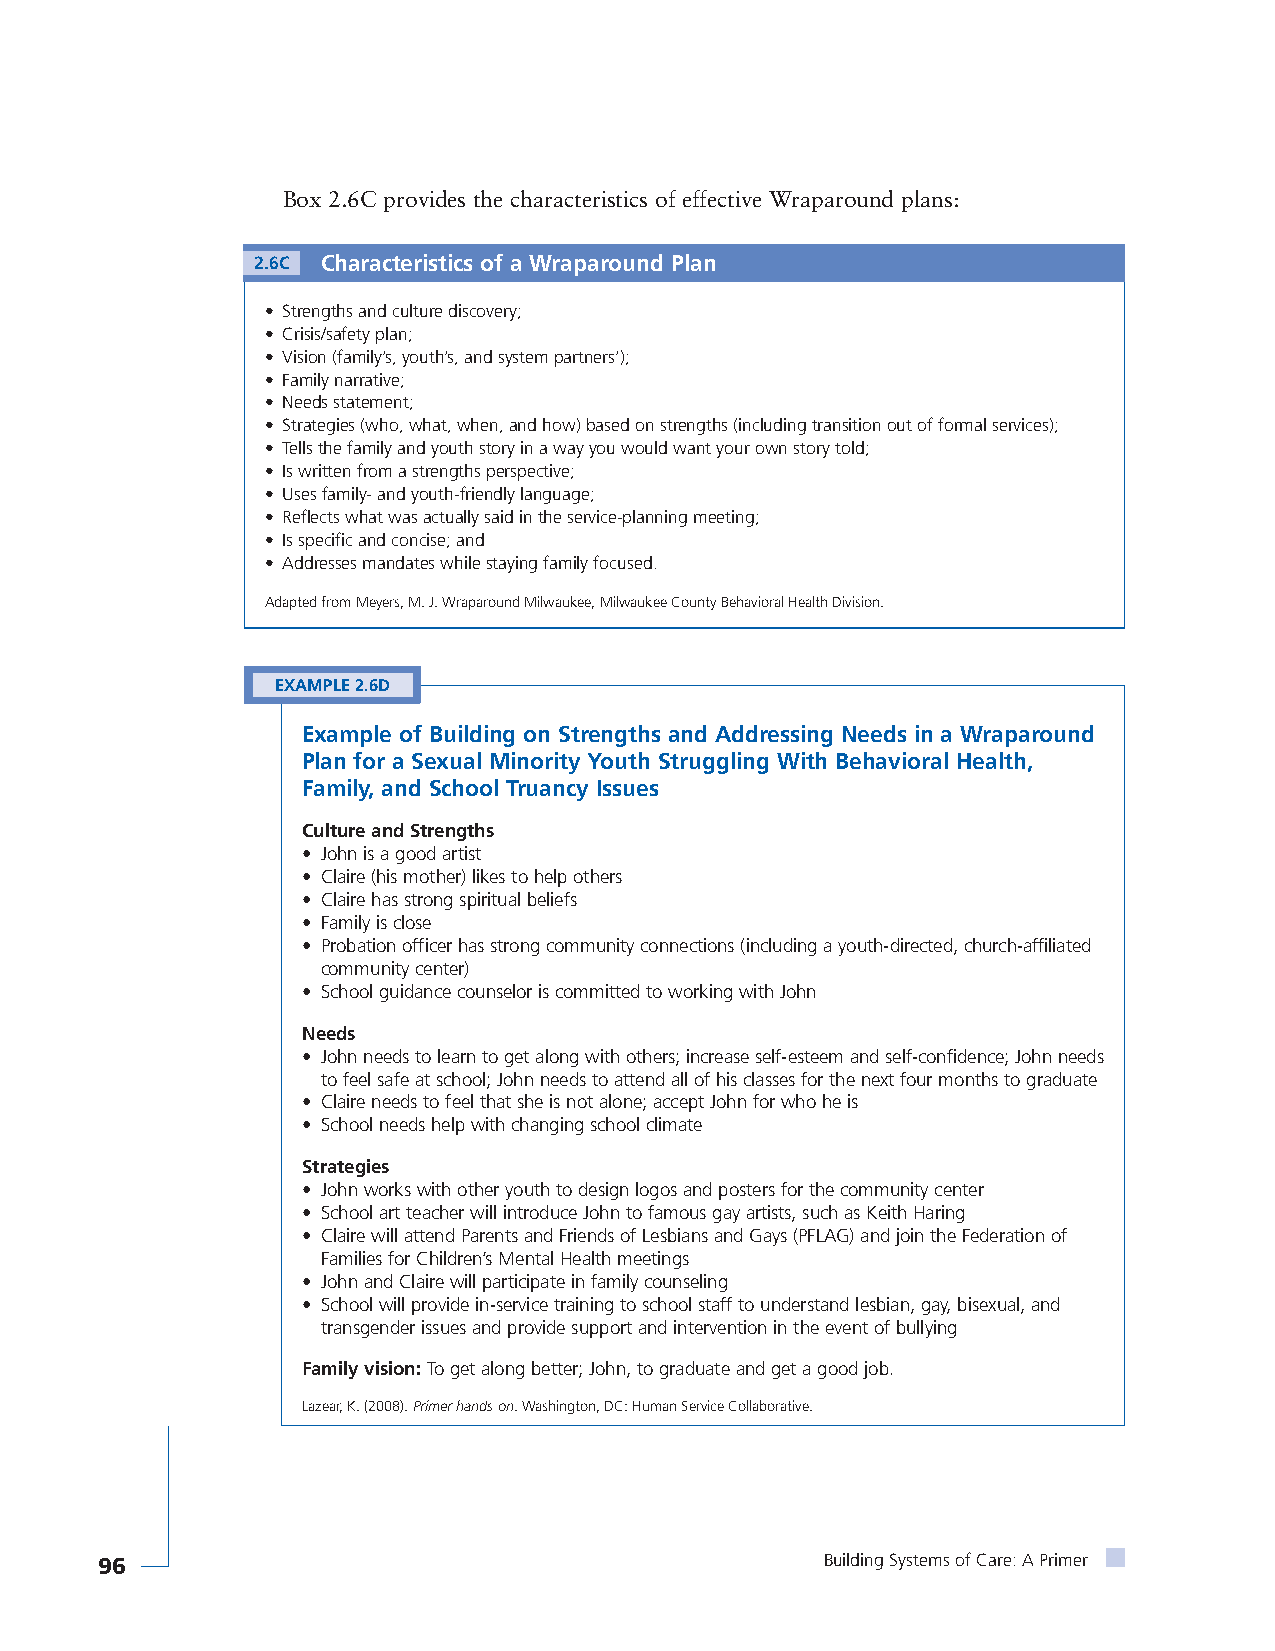
Box 2.6C provides the characteristics of effective Wraparound plans:
 2.6C Characteristics of a Wraparound Plan
 • Strengths and culture discovery;
 • Crisis/safety plan;
 • Vision (family’s, youth’s, and system partners’);
 • Family narrative;
 • Needs statement;
 • Strategies (who, what, when, and how) based on strengths (including transition out of formal services);
 • Tells the family and youth story in a way you would want your own story told;
 • Is written from a strengths perspective;
 • Uses family- and youth-friendly language;
 • Reflects what was actually said in the service-planning meeting;
 • Is specific and concise; and
 • Addresses mandates while staying family focused.
 Adapted from Meyers, M. J. Wraparound Milwaukee, Milwaukee County Behavioral Health Division.
 EXAMPLE 2.6D
 Example of Building on Strengths and Addressing Needs in a Wraparound
 Plan for a Sexual Minority Youth Struggling With Behavioral Health,
 Family, and School Truancy Issues
 Culture and Strengths
 • John is a good artist
 • Claire (his mother) likes to help others
 • Claire has strong spiritual beliefs
 • Family is close
 • Probation officer has strong community connections (including a youth-directed, church-affiliated
 community center)
 • School guidance counselor is committed to working with John
 Needs
 • John needs to learn to get along with others; increase self-esteem and self-confidence; John needs
 to feel safe at school; John needs to attend all of his classes for the next four months to graduate
 • Claire needs to feel that she is not alone; accept John for who he is
 • School needs help with changing school climate
 Strategies
 • John works with other youth to design logos and posters for the community center
 • School art teacher will introduce John to famous gay artists, such as Keith Haring
 • Claire will attend Parents and Friends of Lesbians and Gays (PFLAG) and join the Federation of
 Families for Children’s Mental Health meetings
 • John and Claire will participate in family counseling
 • School will provide in-service training to school staff to understand lesbian, gay, bisexual, and
 transgender issues and provide support and intervention in the event of bullying
 Family vision:To get along better; John, to graduate and get a good job.
 Lazear, K. (2008). Primer hands on. Washington, DC: Human Service Collaborative.
 96                                               Building Systems of Care: A Primer